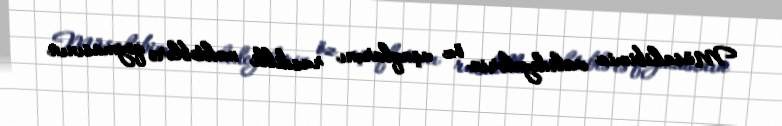
Müsahibimiz valideynlərin öz uşaqlarını rusdilli məktəblərə qoymasının